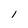
Character: 1